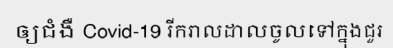
ឲ្យជំងឺ Covid-19 រីករាលដាលចូលទៅក្នុងជួរ